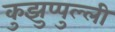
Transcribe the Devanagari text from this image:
कुझुप्पुल्ली